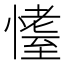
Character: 𱟆